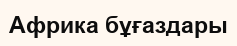
Африка бұғаздары